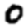
Digit: 0